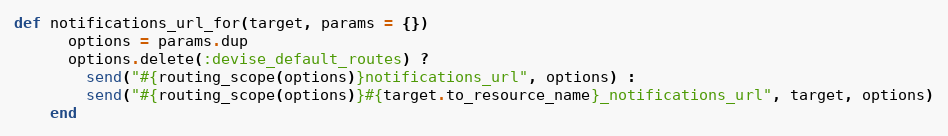
Language: Ruby
def notifications_url_for(target, params = {})
      options = params.dup
      options.delete(:devise_default_routes) ?
        send("#{routing_scope(options)}notifications_url", options) :
        send("#{routing_scope(options)}#{target.to_resource_name}_notifications_url", target, options)
    end